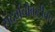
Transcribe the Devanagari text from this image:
संदर्भचौकटीतच